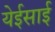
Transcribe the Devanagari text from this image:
येईसाई